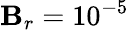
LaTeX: \mathbf{B}_{r}=10^{-5}